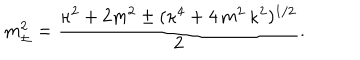
m _ { \pm } ^ { 2 } = \frac { \kappa ^ { 2 } + 2 m ^ { 2 } \pm ( \kappa ^ { 4 } + 4 \, m ^ { 2 } \, \kappa ^ { 2 } ) ^ { 1 / 2 } } { 2 } .